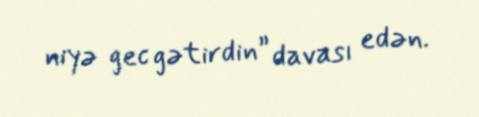
niyə gec gətirdin” davası edən.